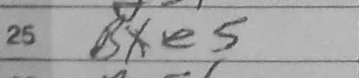
Transcription: Bxe5